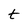
Character: t